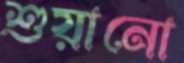
শুয়ানো